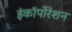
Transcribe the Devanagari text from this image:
इंकॉर्पोरेशन